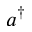
a ^ { \dagger }